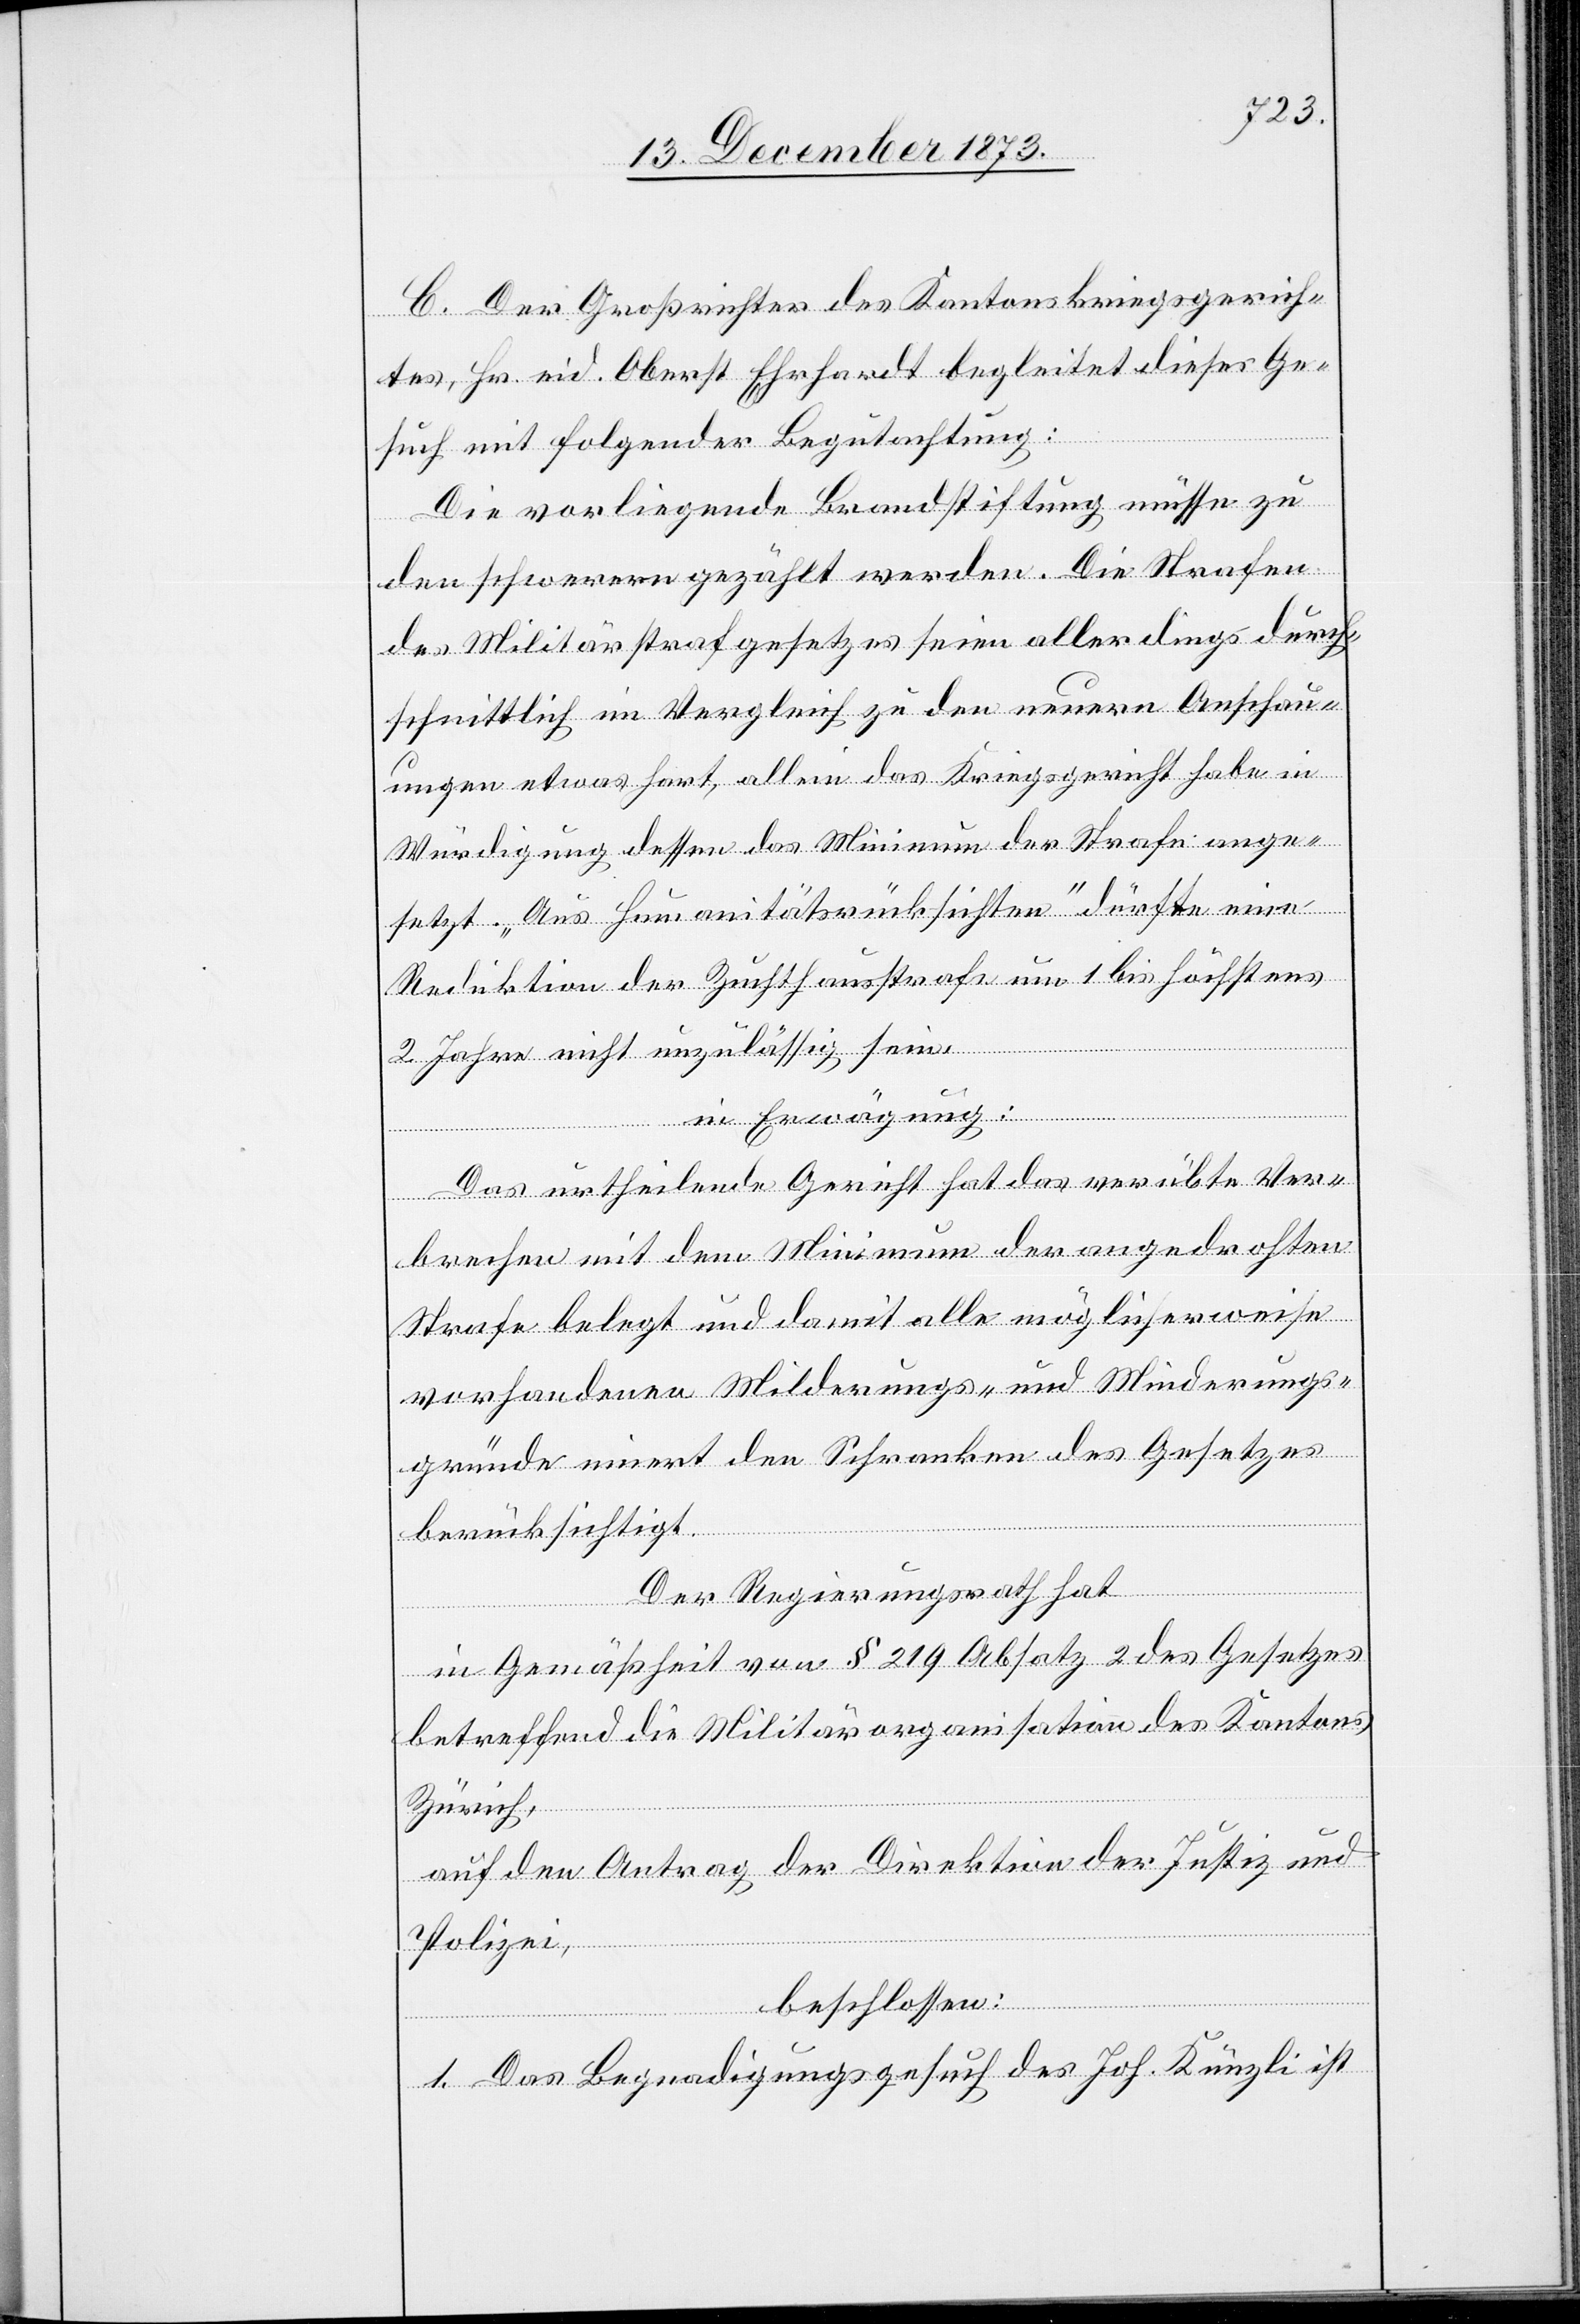
C. Der Großrichter des Kantonskriegsgerich¬
tes, Hr. eid. Oberst Ehrhardt begleitet dieses Ge¬
such mit folgender Begutachtung:
Die vorliegende Brandstiftung müsse zu
den schwerern gezählt werden. Die Strafen
des Militärstrafgesetzes seien allerdings durch¬
schnittlich im Vergleich zu den neuern Anschau¬
ungen etwas hart, allein das Kriegsgericht habe in
Würdigung dessen das Minimum der Strafe ange¬
setzt. „Aus Humanitätsrücksichten“ dürfte eine
Reduktion der Zuchthausstrafe um 1 bis höchstens
2 Jahre nicht unzulässig sein.
in Erwägung:
Das urtheilende Gericht hat das verübte Ver¬
brechen mit dem Minimum der angedrohten
Strafe belegt und damit alle möglicherweise
vorhandenen Milderungs- und Minderungs¬
gründe innert den Schranken des Gesetzes
berücksichtigt.
Der Regierungsrath hat
in Gemäßheit von § 219 Absatz 2 des Gesetzes
betreffend die Militärorganisation des Kantons
Zürich,
auf den Antrag der Direktion der Justiz und
Polizei,
beschlossen:
1. Das Begnadigungsgesuch des Joh. Künzli ist